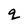
Character: q